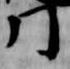
門